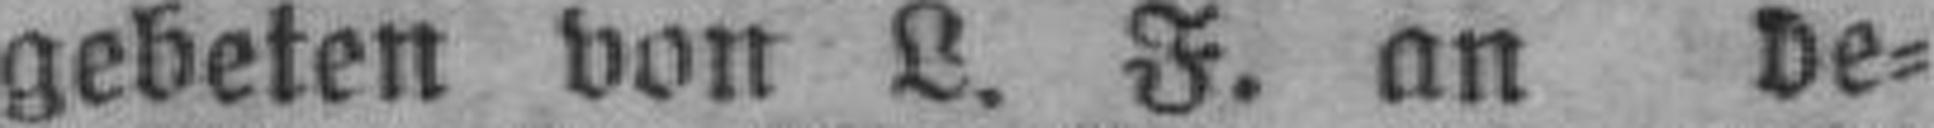
gebeten von L. F. an de¬